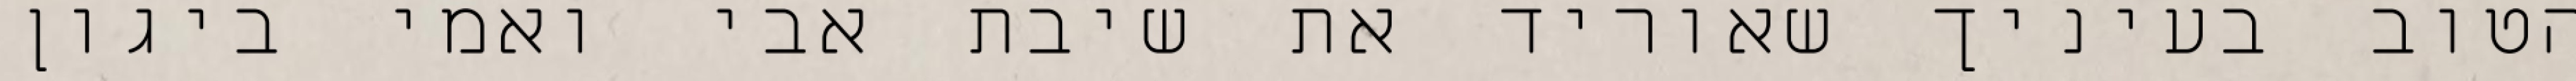
הטוב בעיניך שאוריד את שיבת אבי ואמי ביגון